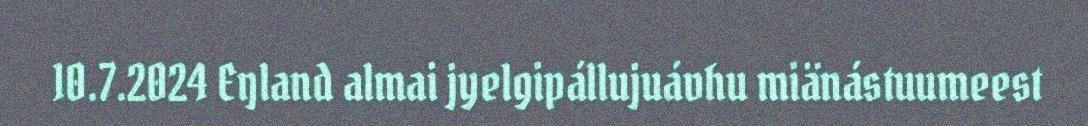
10.7.2024 Eŋland almai jyelgipállujuávhu miänástuumeest